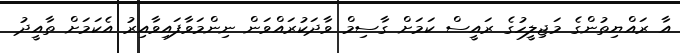
އާ ރައްޔިތުންގެ މަޖިލީހުގެ ރައީސް ކަމަށް ގާސިމް ވާދަކުރައްވަން ނިންމަވާފައިވާއިރު އެކަމަށް ތާއީދު